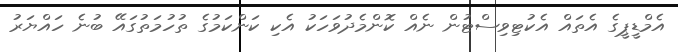
އެމްޑީޕީގެ އެތައް އެކުޓިވިސްޓުން ނެއް ކޮންމެދުވަހަކު އެކި ކަންކަމުގެ ތުހުމަތުގައޭ ބުނެ ހައްޔަރު